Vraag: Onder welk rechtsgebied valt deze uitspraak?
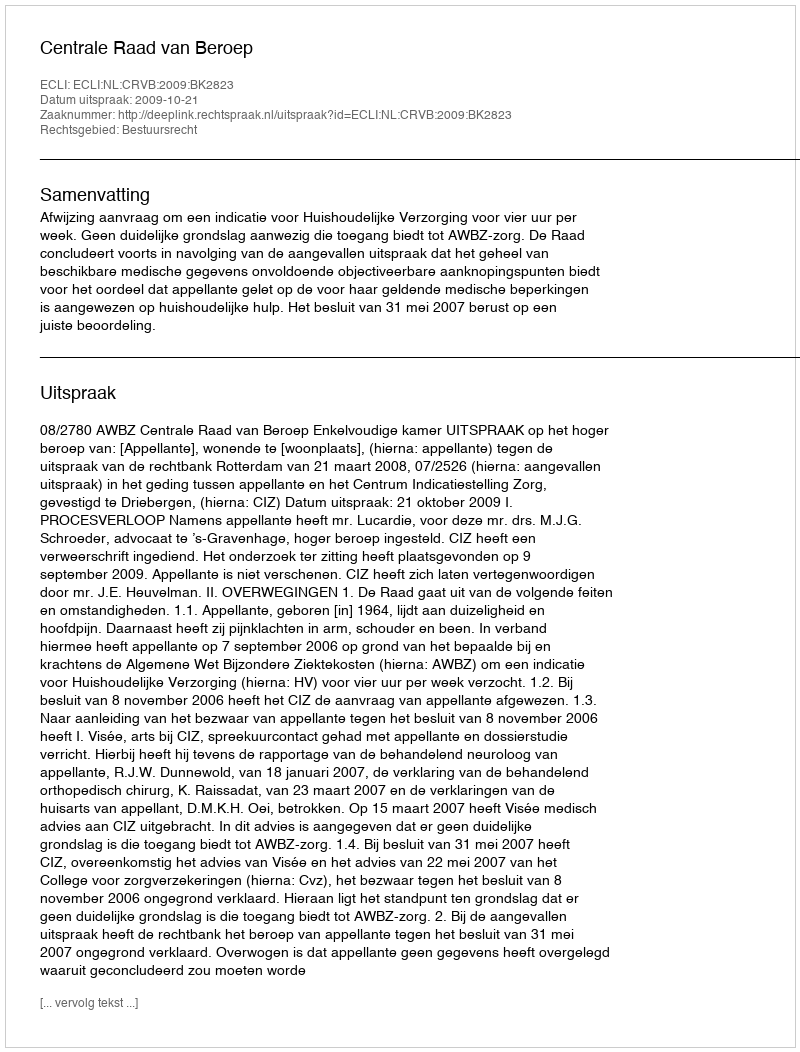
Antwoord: Bestuursrecht